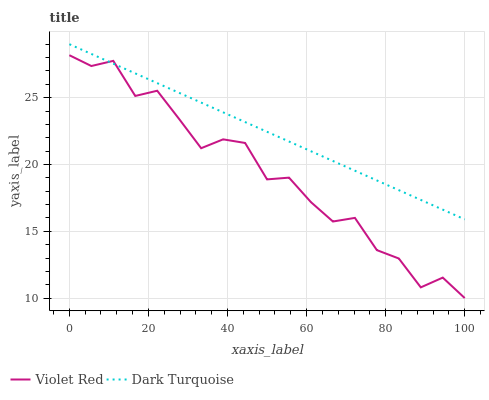
| xaxis_label | Violet Red | Dark Turquoise |
 | --- | --- | --- |
 | 0 | 28.2 | 29 |
 | 5.56 | 27.4 | 28.3 |
 | 11.1 | 27.8 | 27.5 |
 | 16.7 | 25.1 | 26.8 |
 | 22.2 | 25.5 | 26.1 |
 | 27.8 | 23.4 | 25.4 |
 | 33.3 | 21.2 | 24.6 |
 | 38.9 | 21.9 | 23.9 |
 | 44.4 | 21.6 | 23.2 |
 | 50 | 18.9 | 22.4 |
 | 55.6 | 19 | 21.7 |
 | 61.1 | 17.2 | 21 |
 | 66.7 | 15.7 | 20.3 |
 | 72.2 | 16 | 19.5 |
 | 77.8 | 13.6 | 18.8 |
 | 83.3 | 13 | 18.1 |
 | 88.9 | 10.8 | 17.4 |
 | 94.4 | 11.5 | 16.6 |
 | 100 | 10 | 15.9 |